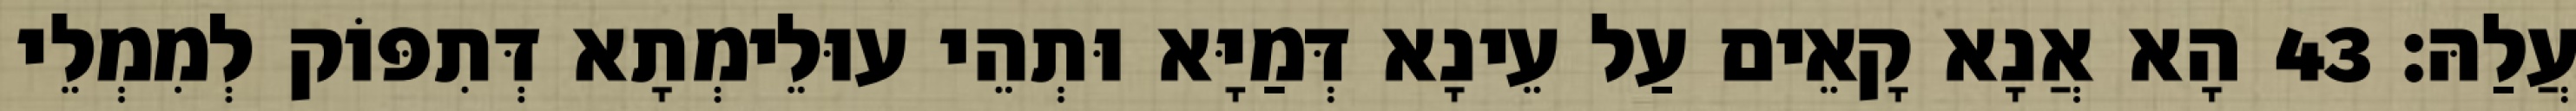
עֲלַהּ׃ 43 הָא אֲנָא קָאֵים עַל עֵינָא דְּמַיָּא וּתְהֵי עוּלֵימְתָא דְּתִפּוֹק לְמִמְלֵי